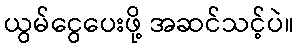
ယွမ်ငွေပေးဖို့ အဆင်သင့်ပဲ။